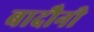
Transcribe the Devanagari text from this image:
बादौनी